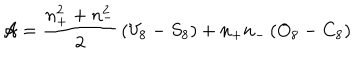
{ \cal A } = \frac { n _ { + } ^ { 2 } + n _ { - } ^ { 2 } } { 2 } \, ( V _ { 8 } - S _ { 8 } ) + n _ { + } n _ { - } \, ( O _ { 8 } - C _ { 8 } )